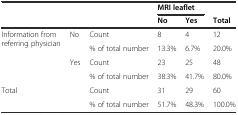
|  |  |  | <COLSPAN=2> MRI leaflet |  |
 |  |  |  | No | Yes | Total |
 | --- | --- | --- | --- | --- | --- |
 | <ROWSPAN=4> Information from referring physician | <ROWSPAN=2> No | Count | 8 | 4 | 12 |
 | % of total number | 13.3% | 6.7% | 20.0% |
 | <ROWSPAN=2> Yes | Count | 23 | 25 | 48 |
 | % of total number | 38.3% | 41.7% | 80.0% |
 | <ROWSPAN=2-COLSPAN=2> Total | Count | 31 | 29 | 60 |
 | % of total number | 51.7% | 48.3% | 100.0% |